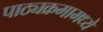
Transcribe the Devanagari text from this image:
पाठ्यक्रमामध्ये